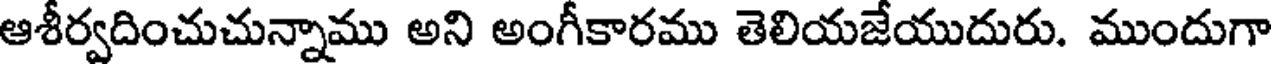
ఆశీర్వదించుచున్నాము అని అంగీకారము తెలియజేయుదురు. ముందుగా